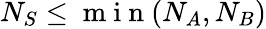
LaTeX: N_{S}\leq\mathrm{~m~i~n~}(N_{A},N_{B})